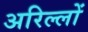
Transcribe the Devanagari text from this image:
अरिल्लों